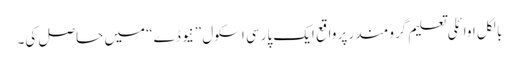
بالکل اوائلی تعلیم گرومندر پر واقع ایک پارسی اسکول ”نیو ڈے“ میں حاصل کی۔